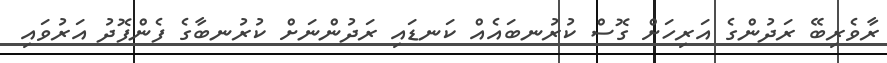
ރާވެރިބޭ ރަދުންގެ އަރިހަށް ގޮސް ކުރުނބައެއް ކަނޑައި ރަދުންނަށް ކުރުނބާގެ ފެންފޮދު އަރުވައި